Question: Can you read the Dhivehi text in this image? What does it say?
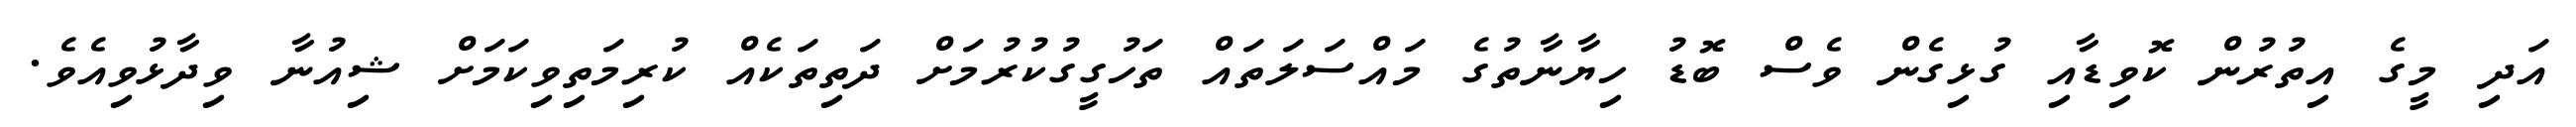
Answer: އަދި މީގެ އިތުރުން ކޮވިޑާއި ގުޅިގެން ވެސް ބޮޑު ހިޔާނާތުގެ މައްސަލަތައް ތަހުގީގުކުރުމަށް ދަތިތަކެއް ކުރިމަތިވިކަމަށް ޝިއުނާ ވިދާޅުވިއެވެ.